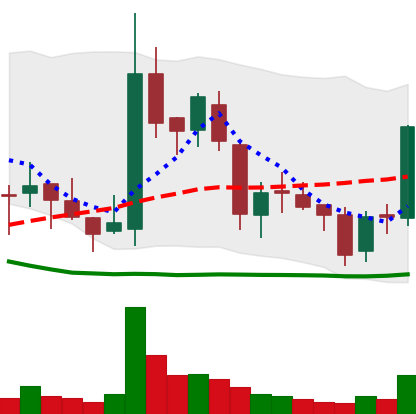
Ticker: BNB-USD
Chart end date: 2018-05-31
Forward return: 9.93%
Label: up_7plus